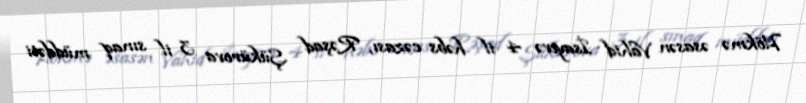
Hökmə əsasən Vahid İsayevə 4 il həbs cəzası, Rəşad Şükürova 3 il sınaq müddəti